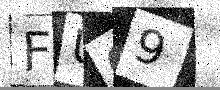
Text: FU09